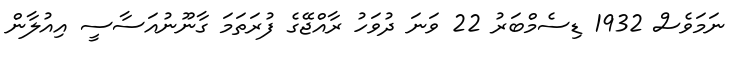
ނަމަވެސް 1932 ޑިސެމްބަރު 22 ވަނަ ދުވަހު ރާއްޖޭގެ ފުރަތަމަ ގާނޫނުއަސާސީ އިއުލާން